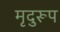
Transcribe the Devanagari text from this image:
मृदुरूप